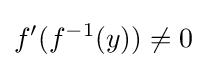
f'(f^{-1}(y))\neq 0